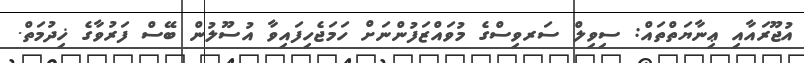
އުޖޫރައާއި ޢިނާޔަތްތައް: ސިވިލް ސަރވިސްގެ މުވައްޒަފުންނަށް ހަމަޖެހިފައިވާ އުސޫލުން ބޭސް ފަރުވާގެ ޚިދުމަތް.